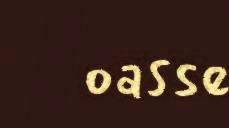
oasse